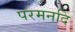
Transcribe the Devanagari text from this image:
परमनदि